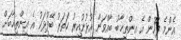
އެންމެ ފަހުން އެ އިންތިޚާބު ބާއްވަން އުޅުނުއިރު ހަތަރު ބޭފުޅަކު އެ އިންތިޚާބަށް